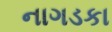
નાગડકા